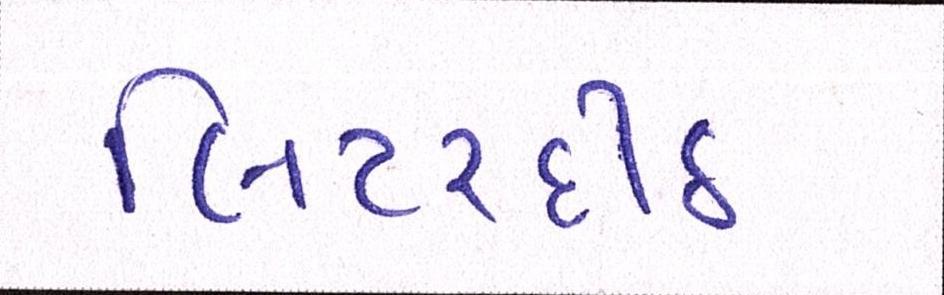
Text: લિટરદીઠ